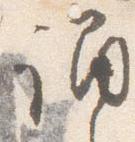
誦